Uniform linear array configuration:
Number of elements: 16
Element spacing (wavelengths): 1
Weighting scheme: exponential
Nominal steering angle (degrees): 15
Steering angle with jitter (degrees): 16.117
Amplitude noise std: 0.05
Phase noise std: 0.05

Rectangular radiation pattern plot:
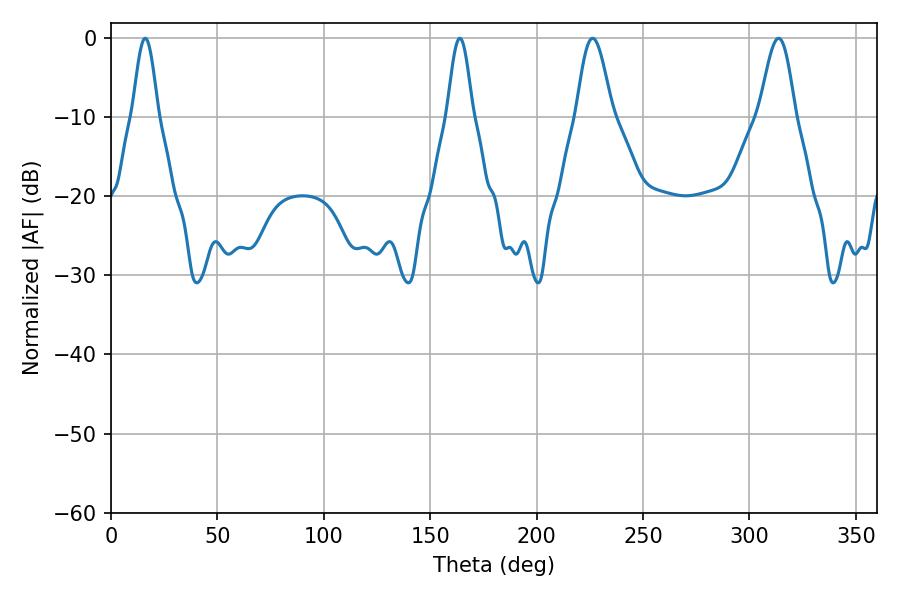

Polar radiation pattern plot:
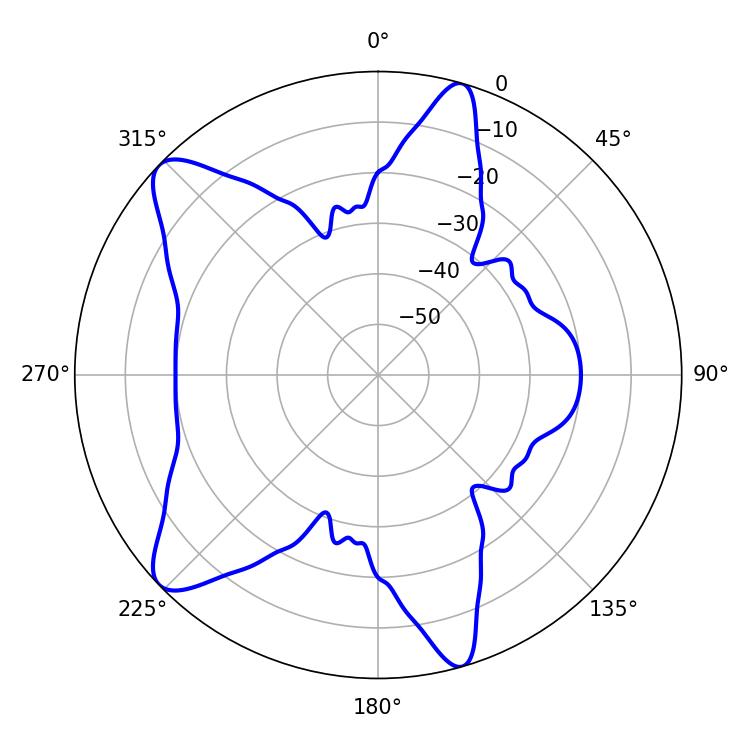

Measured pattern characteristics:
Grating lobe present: TRUE
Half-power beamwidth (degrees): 8.82
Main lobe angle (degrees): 226.26